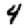
Digit: 4